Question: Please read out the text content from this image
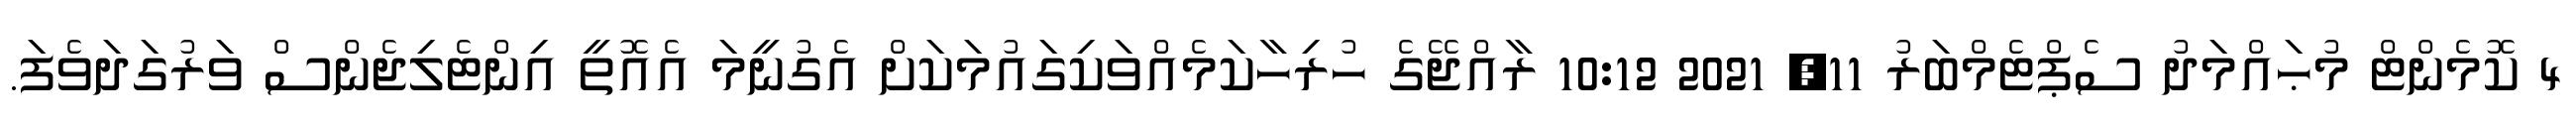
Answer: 4 ކޮމެންޓް މުޙައްމަދު ސެޕްޓެމްބަރު 11, 2021 10:12 ރާއްޖޭގެ ހުރިހާކަމެއްވަކިގައުމަކަށް އެގުނީމަ އެއޮތީ އިންޓެލިޖެންސް ވަރުގަދަވެފަ.